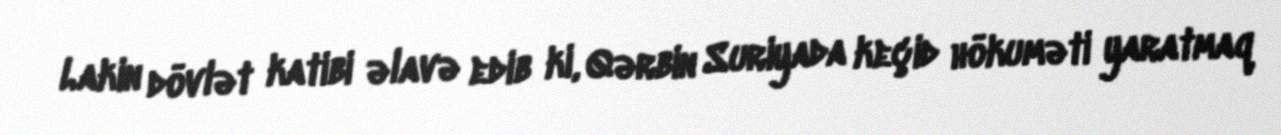
Lakin dövlət katibi əlavə edib ki, Qərbin Suriyada keçid hökuməti yaratmaq